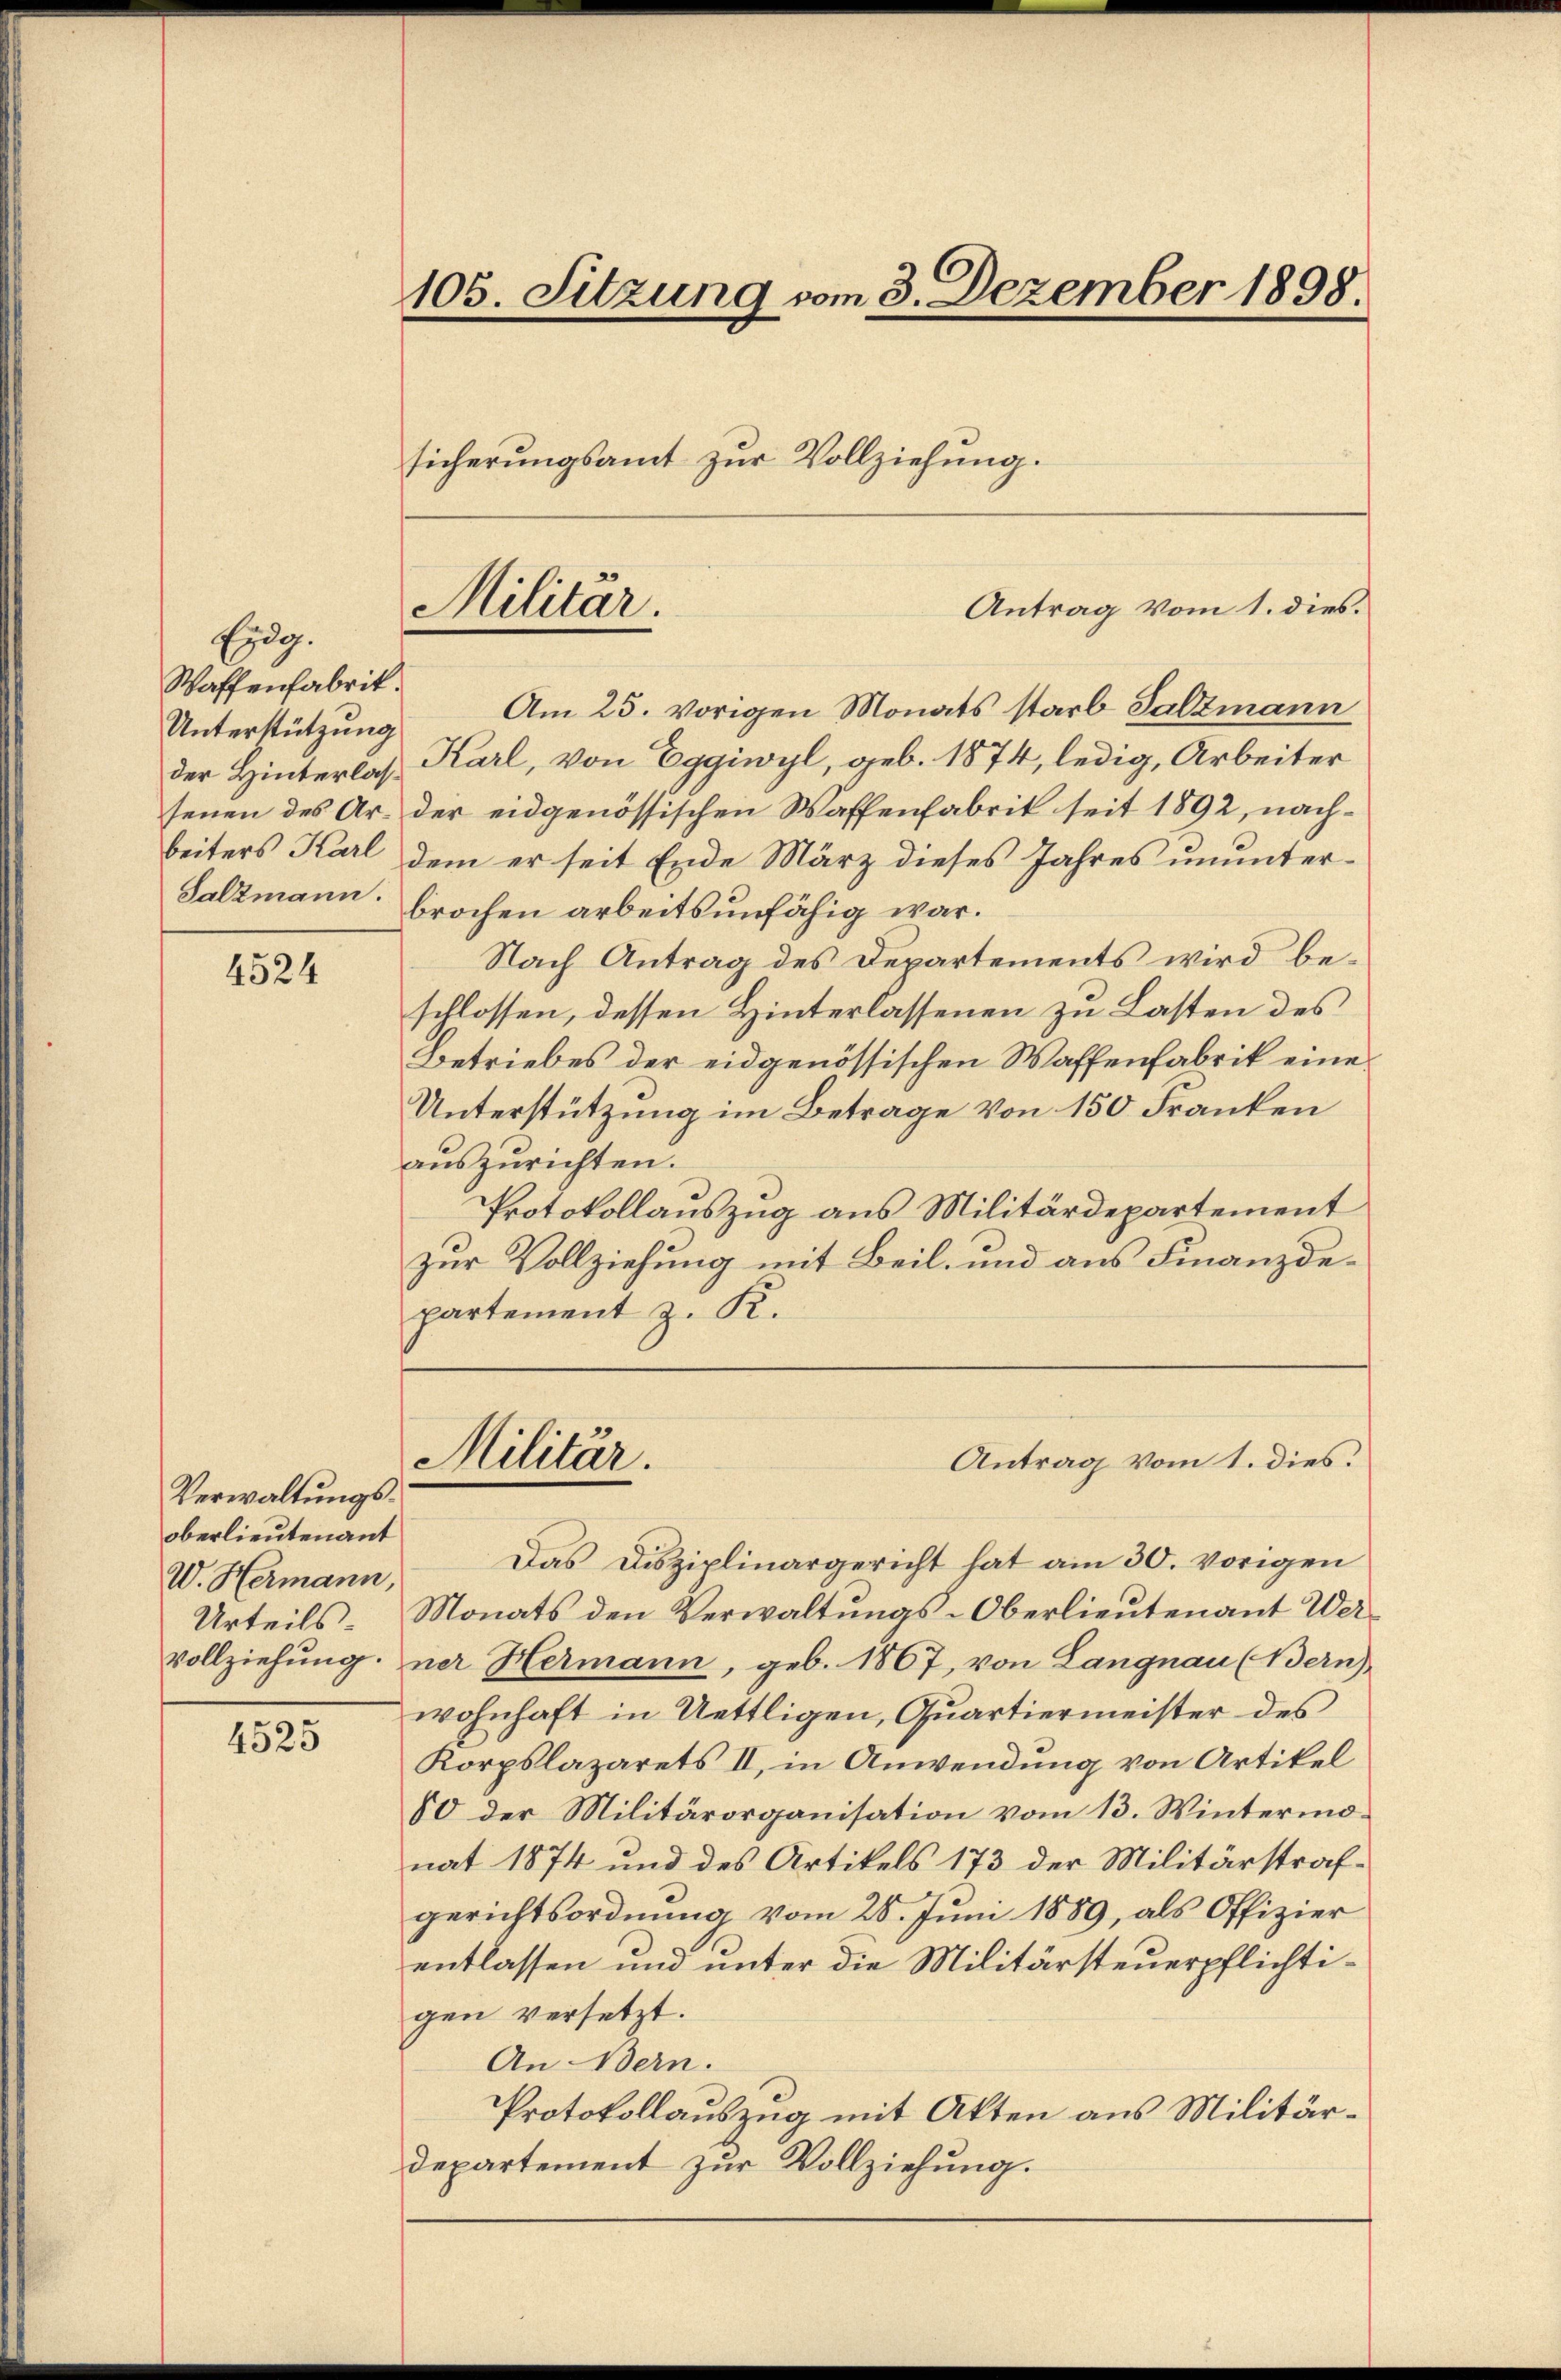
Eidg.
Waffenfabrik.
Unterstützung
der Hinterlas¬

4524

Verwaltungsoberlieutenant
W. Hermann,
Urteils
vollziehung.

4525

105. Sitzung vom 3. Dezember 1898.

Militar.

Am 25. vorigen Monats starb Salzmann
Karl, von Eggiwyl, geb. 1874, ledig, Arbeiter
senen des Ar- der eidgenössischen Waffenfabrik seit 1892, nachbeiters Karl dem er seit Ende März dieses Jahres ununter¬
Salzmann: brochen arbeitsunfähig war.
Nach Antrag des Departements wird beschlossen, dessen Hinterlassenen zu Lasten des
Betriebes der eidgenössischen Waffenfabrik eine
Unterstützung im Betrage von 150 Franken
auszurichten.
Protokollauszug aus Militärdepartement
zur Vollziehung mit Beil, und aus Finanzdepartement z. K.

sicherungsamt zur Vollziehung.

Militär.

Antrag vom 1. dies.

Das Disziplinargericht hat am 30. vorigen
Monats den Verwaltungs-Oberlieutenant Werner Hermann, geb. 1867, von Langnau (Bern)
wohnhaft in Uettligen, Quartiermeister des
Korpslazarets II, in Anwendung von Artikel
80 der Militärorganisation vom 13. Wintermonat 1874 und des Artikels 173 der Militärstrafgerichtsordnung vom 28. Juni 1889, als Offizier
entlassen und unter die Militärsteuerpflichtigen versetzt.
An Bern.
Protokollauszug mit Akten aus Militärdepartement zur Vollziehung.

Antrag vom 1. dies.